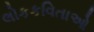
લોકકવિતાઓ